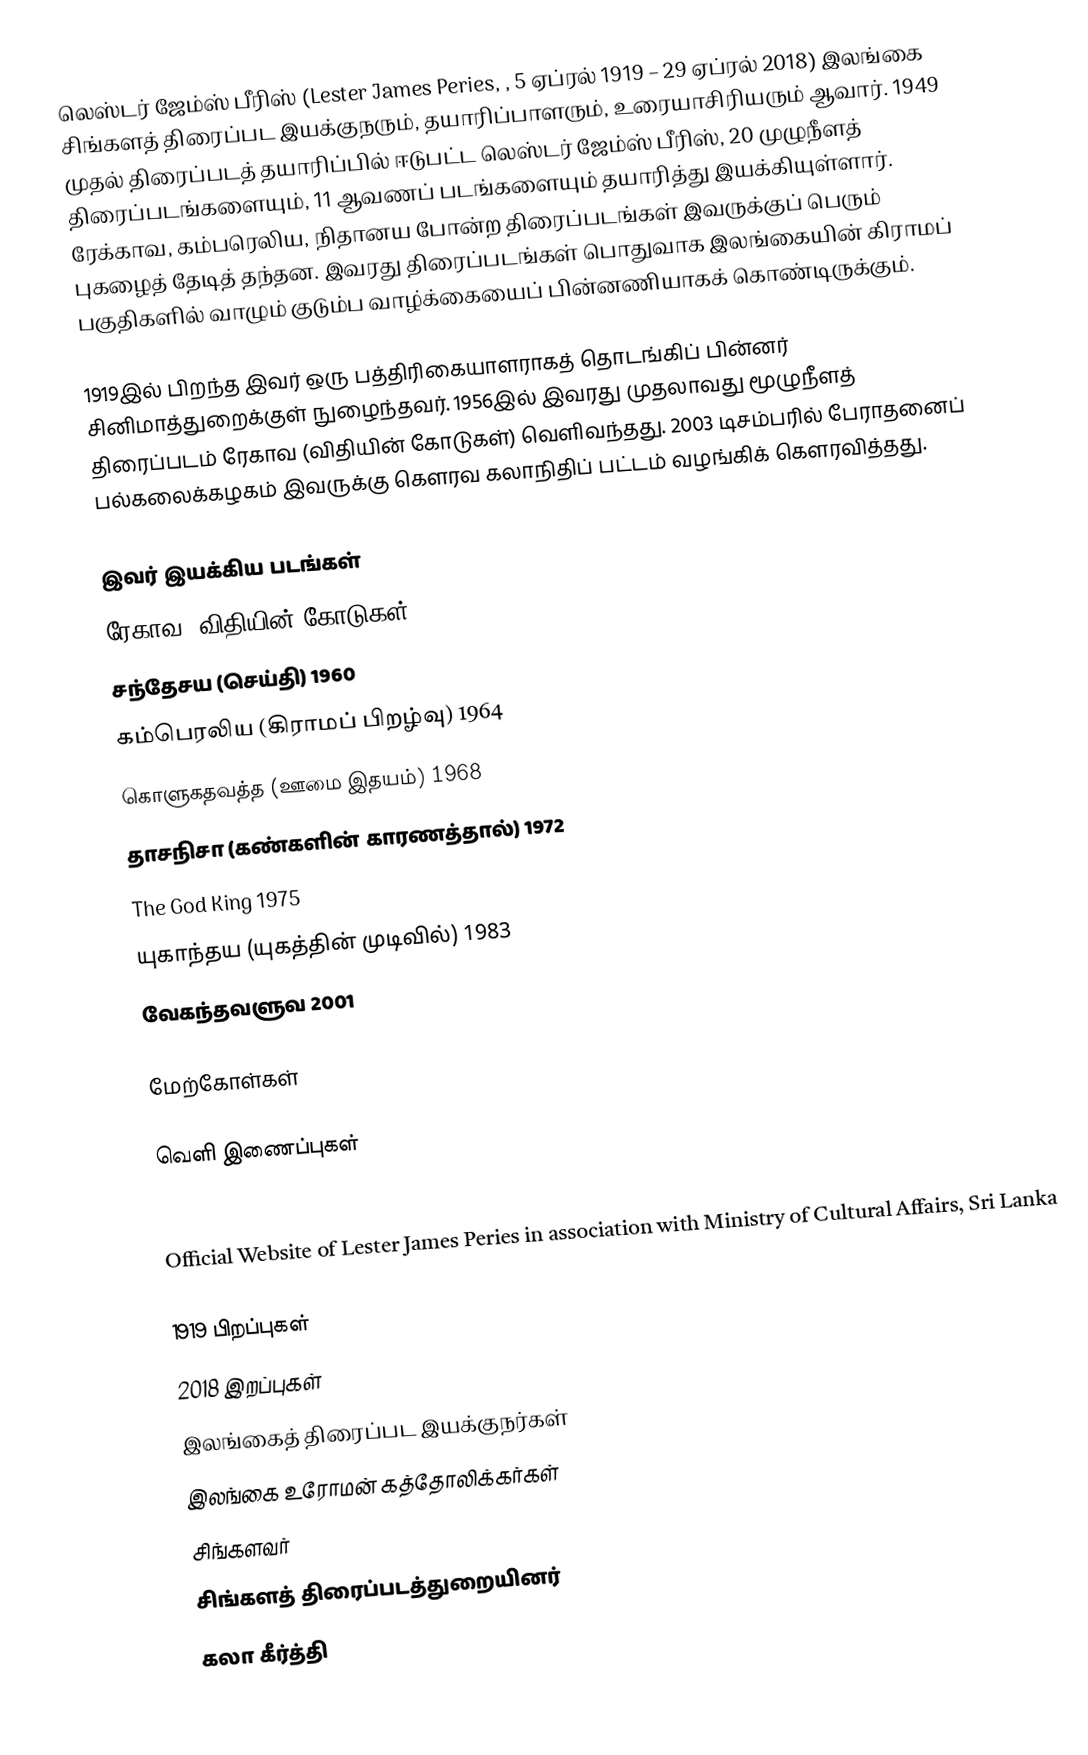
லெஸ்டர் ஜேம்ஸ் பீரிஸ் (Lester James Peries, , 5 ஏப்ரல் 1919 – 29 ஏப்ரல் 2018) இலங்கை சிங்களத் திரைப்பட இயக்குநரும், தயாரிப்பாளரும், உரையாசிரியரும் ஆவார். 1949 முதல் திரைப்படத் தயாரிப்பில் ஈடுபட்ட லெஸ்டர் ஜேம்ஸ் பீரிஸ், 20 முழுநீளத் திரைப்படங்களையும், 11 ஆவணப் படங்களையும் தயாரித்து இயக்கியுள்ளார். ரேக்காவ, கம்பரெலிய, நிதானய போன்ற திரைப்படங்கள் இவருக்குப் பெரும் புகழைத் தேடித் தந்தன. இவரது திரைப்படங்கள் பொதுவாக இலங்கையின் கிராமப் பகுதிகளில் வாழும் குடும்ப வாழ்க்கையைப் பின்னணியாகக் கொண்டிருக்கும்.

1919இல் பிறந்த இவர் ஒரு பத்திரிகையாளராகத் தொடங்கிப் பின்னர் சினிமாத்துறைக்குள் நுழைந்தவர். 1956இல் இவரது முதலாவது மூழுநீளத் திரைப்படம் ரேகாவ (விதியின் கோடுகள்) வெளிவந்தது. 2003 டிசம்பரில் பேராதனைப் பல்கலைக்கழகம் இவருக்கு கௌரவ கலாநிதிப் பட்டம் வழங்கிக் கௌரவித்தது.

இவர் இயக்கிய படங்கள்
 ரேகாவ (விதியின் கோடுகள்) 1956
 சந்தேசய (செய்தி) 1960
 கம்பெரலிய (கிராமப் பிறழ்வு) 1964
 கொளுகதவத்த (ஊமை இதயம்) 1968
 தாசநிசா (கண்களின் காரணத்தால்) 1972
 The God King 1975
 யுகாந்தய (யுகத்தின் முடிவில்) 1983
 வேகந்தவளுவ 2001

மேற்கோள்கள்

வெளி இணைப்புகள்
Sri Lanka Sinhala Cinema Database – Dr. Lester James Peries

Official Website of Lester James Peries in association with Ministry of Cultural Affairs, Sri Lanka

1919 பிறப்புகள்
2018 இறப்புகள்
இலங்கைத் திரைப்பட இயக்குநர்கள்
இலங்கை உரோமன் கத்தோலிக்கர்கள்
சிங்களவர்
சிங்களத் திரைப்படத்துறையினர்
கலா கீர்த்தி